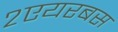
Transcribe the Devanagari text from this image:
२एयरबस